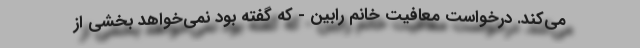
می‌کند. درخواست معافیت خانم رابین - که گفته بود نمی‌خواهد بخشی از